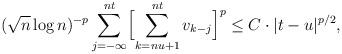
LaTeX: \begin{align*}(\sqrt n\log n)^{-p}\sum_{j=-\infty}^{nt}\Bigl[\sum_{k=nu+1}^{nt}v_{k-j}\Bigr]^p\le C\cdot|t-u|^{p/2},\end{align*}